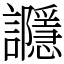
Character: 讔